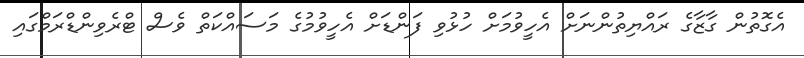
އެގޮތުން ގާޒާގެ ރައްޔިތުންނަށް އެހީވުމަށް ހުޅުވި ފަންޑަށް އެހީވުމުގެ މަސައްކަތް ވެސް ޓްރެެވިންޑްރަމްގައި